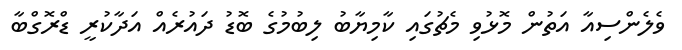
ވެލެންސިއާ އަތުން މޮޅުވި މެޗުގައި ކާމިޔާބު ލިބުމުގެ ބޮޑު ދައުރެއް އަދާކުރީ ޑްރޮގްބާ